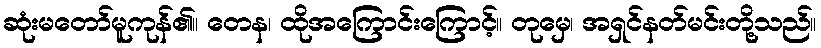
ဆုံးမတော်မူကုန်၏။ တေန၊ ထိုအကြောင်းကြောင့်။ တုမှေ၊ အရှင်နတ်မင်းတို့သည်။